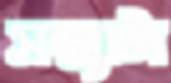
সন্ধ্যাটা